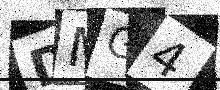
Text: DMG4